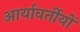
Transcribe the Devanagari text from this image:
आर्यावर्तीयों